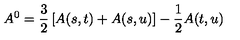
A ^ { 0 } = \frac { 3 } { 2 } \left[ A ( s , t ) + A ( s , u ) \right] - \frac { 1 } { 2 } A ( t , u )